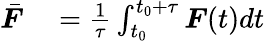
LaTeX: \begin{array}{rl}{\bar{\boldsymbol{F}}}&{{}=\frac{1}{\tau}\int_{t_{0}}^{t_{0}+\tau}\boldsymbol{F}(t)dt}\end{array}